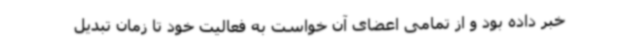
خبر داده بود و از تمامی اعضای آن خواست به فعالیت خود تا زمان تبدیل